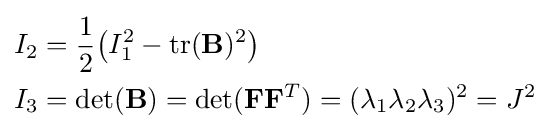
{\begin{aligned}I_{2}&={\frac {1}{2}}{\big (}I_{1}^{2}-\mathrm {tr} (\mathbf {B} )^{2}{\big )}\\I_{3}&=\mathrm {det} (\mathbf {B} )=\mathrm {det} (\mathbf {F} \mathbf {F} ^{T})=(\lambda _{1}\lambda _{2}\lambda _{3})^{2}=J^{2}\end{aligned}}